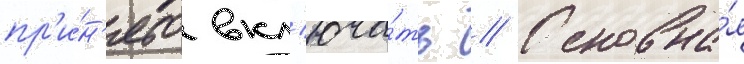
пр'и́н'ято вкл'юча́ть // Основна́я